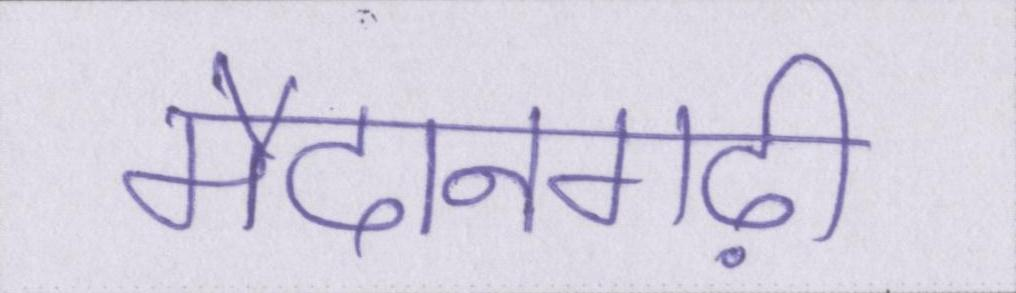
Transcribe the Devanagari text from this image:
मैदानगढ़ी